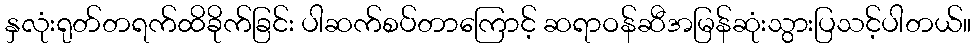
နှလုံးရုတ်တရက်ထိခိုက်ခြင်း ပါဆက်စပ်တာကြောင့် ဆရာဝန်ဆီအမြန်ဆုံးသွားပြသင့်ပါတယ်။